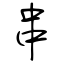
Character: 串